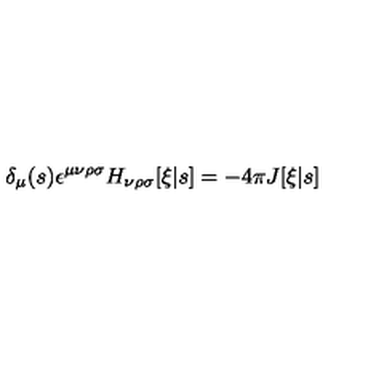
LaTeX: \delta _ { \mu } ( s ) \epsilon ^ { \mu \nu \rho \sigma } H _ { \nu \rho \sigma } [ \xi | s ] = - 4 \pi J [ \xi | s ]